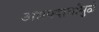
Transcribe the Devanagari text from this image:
अन्नपदार्थांमुळे